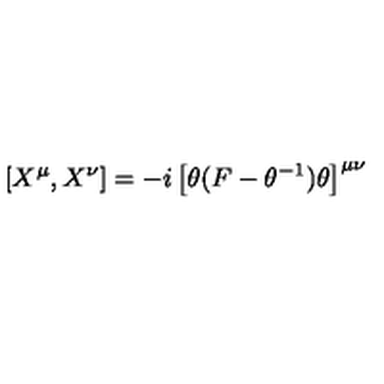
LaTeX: [ X ^ { \mu } , X ^ { \nu } ] = - i \left[ \theta ( F - \theta ^ { - 1 } ) \theta \right] ^ { \mu \nu }